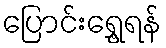
ပြောင်းရွှေ့ရန်